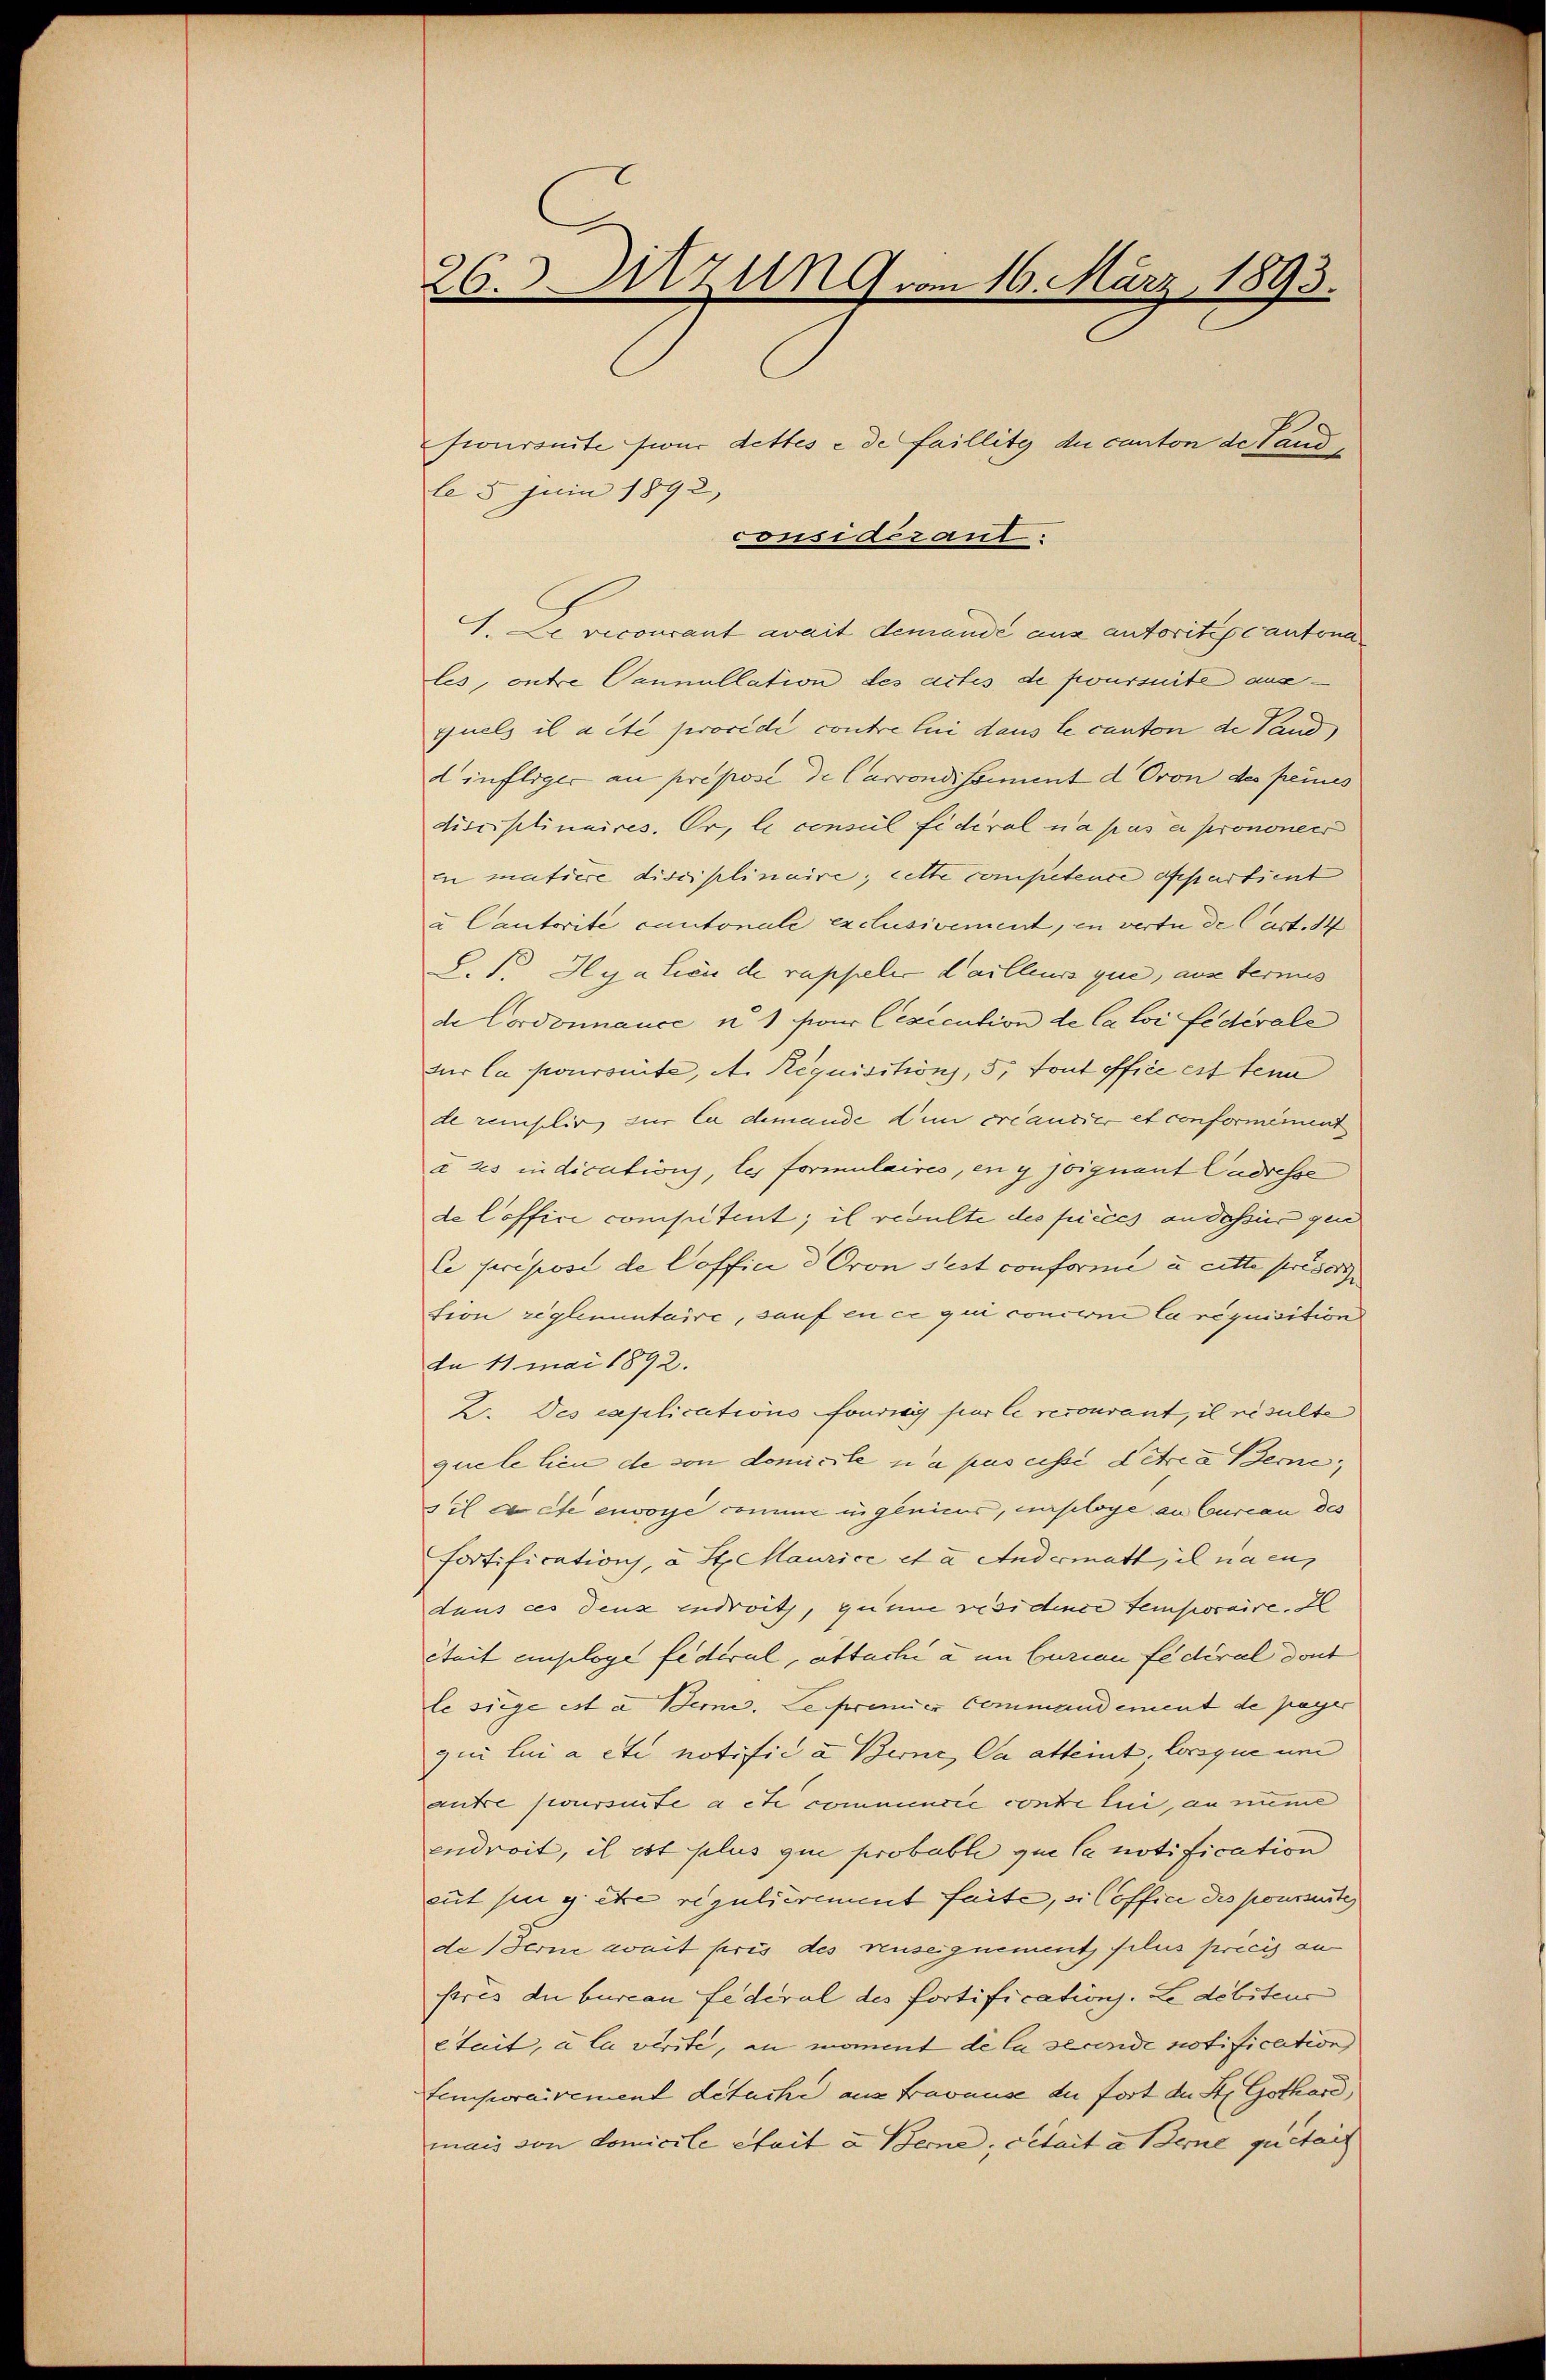
26. Sitzung vom 16. März 1893.

sioursuite sind dettes e de faillite du canton de Landle 5 Juin 1892,
considérant.
1. Le vecourant avait demande aus autoritis cantona
les, outre Cannullation des actes de fwursuite austuels il acte provedi contre lui dans le canton de Vand
dinftiger au proposi de Carrondissement d Ovon des peines
disciplinaires. Er, le consul fidéral na pas en prononer
En matiere disciplinaire, cette competente departient
u Cantorite cantonale exclusivement, in vertu de Cart. 14
S. S. Hyation de rappeler dailleurs que, aus fernus
de Cordonnance u. 1 für Cexecution de la loi fédérale
sur la poursuite, et Requisition, 5. Tout office est tene
de remplir zur la demande den créancier et conformément
a 25 in dications, les formulaires, en y joignant Cadresse
de loffici consutint; il resulte des pièces an desser gen
Ce proposi de Coffici d Oron Sest conforme u. Litte priser |
tion reglementaire, sauf en ce qui concerne la réquisition
da 11 mai 1892.
2. Des explicationsfondis par le recourant, il résulte
quele lien de von domicile n’a pas cessi detria Berne,
sis acte envore comme in gleichs, einsloge an Curien des
fortification, u Straurice et a. Andermatt, il nacus
dans ces denz eindraith, gumme residence temporaire. I
était einsloge federul, attachi a im Curian fédéral dont
le siege est a Berne. Le premier Command ement de pager
qui lui a etc notific a Berne, da atteint, lorsque um
antre joursuite a et commencic contre lui, an meine
endroit, il est plus qui probable que la notification
gut sie getre regulierement faite, si loffice des poussente
de Berne weit pris des ruseignement filus preis an
stres du burcan federal des fortifications. Le débiteus
était, à la virite, an moment de la secende notification,
temporairement detache aus Fravause du fort der St. Gothard,
mais von domicile efait u. Berne, cetait an Berne quitai